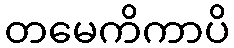
တမေကိကာပိ